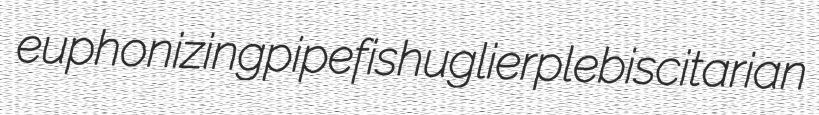
euphonizing pipefish uglier plebiscitarian